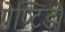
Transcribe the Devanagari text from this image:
पेप्टिडो